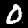
Label: 0